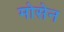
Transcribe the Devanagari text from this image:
मोसेन